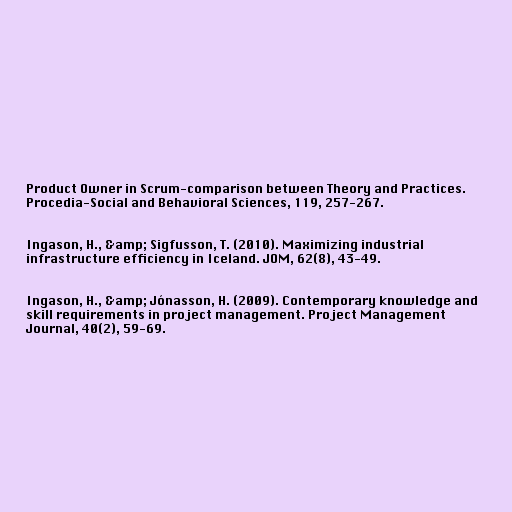
Product Owner in Scrum-comparison between Theory and Practices.
Procedia-Social and Behavioral Sciences, 119, 257-267.

Ingason, H., &amp; Sigfusson, T. (2010). Maximizing industrial
infrastructure efficiency in Iceland. JOM, 62(8), 43-49.

Ingason, H., &amp; Jónasson, H. (2009). Contemporary knowledge and
skill requirements in project management. Project Management
Journal, 40(2), 59-69.